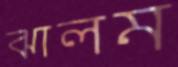
ঝালম